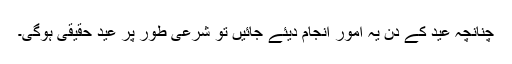
چنانچہ عید کے دن یہ امور انجام دیئے جائیں تو شرعی طور پر عید حقیقی ہوگی۔